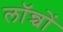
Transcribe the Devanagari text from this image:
लॉन्चों